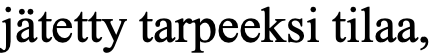
jätetty tarpeeksi tilaa,